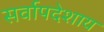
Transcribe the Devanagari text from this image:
सर्वापदेशाय